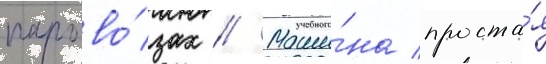
парово́зах // Маши́на проста́я